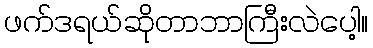
ဖက်ဒရယ်ဆိုတာဘာကြီးလဲပေါ့။